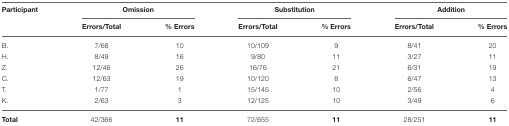
<table><thead><tr><td><b>Participant</b></td><td colspan="2"><b>Omission</b></td><td colspan="2"><b>Substitution</b></td><td colspan="2"><b>Addition</b></td></tr><tr><td></td><td><b>Errors/Total</b></td><td><b>% Errors</b></td><td><b>Errors/Total</b></td><td><b>% Errors</b></td><td><b>Errors/Total</b></td><td><b>% Errors</b></td></tr></thead><tbody><tr><td>B.</td><td>7/68</td><td>10</td><td>10/109</td><td>9</td><td>8/41</td><td>20</td></tr><tr><td>H.</td><td>8/49</td><td>16</td><td>9/80</td><td>11</td><td>3/27</td><td>11</td></tr><tr><td>Z.</td><td>12/46</td><td>26</td><td>16/76</td><td>21</td><td>6/31</td><td>19</td></tr><tr><td>C.</td><td>12/63</td><td>19</td><td>10/120</td><td>8</td><td>6/47</td><td>13</td></tr><tr><td>T.</td><td>1/77</td><td>1</td><td>15/145</td><td>10</td><td>2/56</td><td>4</td></tr><tr><td>K.</td><td>2/63</td><td>3</td><td>12/125</td><td>10</td><td>3/49</td><td>6</td></tr><tr><td><b>Total</b></td><td>42/366</td><td><b>11</b></td><td>72/655</td><td><b>11</b></td><td>28/251</td><td><b>11</b></td></tr></tbody></table>